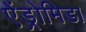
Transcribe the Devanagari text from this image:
ऐंड्रोमिडा